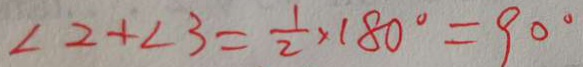
\angle 2 + \angle 3 = \frac { 1 } { 2 } \times 1 8 0 ^ { \circ } = 9 0 ^ { \circ }